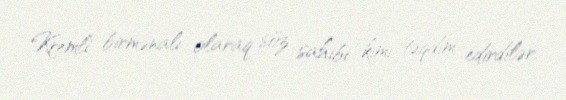
Kremli birmənalı olaraq söz sahibi kimi təqdim edirdilər.